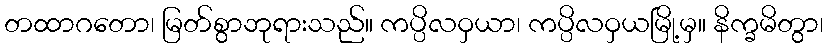
တထာဂတော၊ မြတ်စွာဘုရားသည်။ ကပ္ပိလဝှယာ၊ ကပ္ပိလဝှယမြို့မှ။ နိက္ခမိတွာ၊